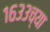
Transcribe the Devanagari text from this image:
१६३३च्या